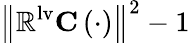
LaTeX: \left\| \mathbfcal{\mathbb{R}}^{\mathrm{{{lv}}}}\mathbf{{C}}\left(\cdot\right)\right\| ^{2}-1